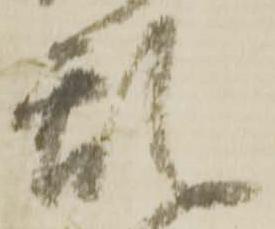
乱